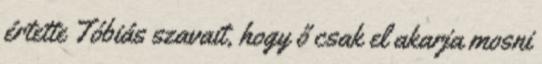
értette Tóbiás szavait, hogy ő csak el akarja mosni